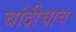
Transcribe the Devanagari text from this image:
चांदीचाच